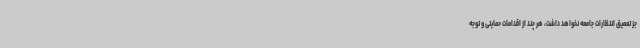
جز تعمیق انتظارات جامعه نخواهد داشت، هر چند از اقدامات حمایتی و توجه